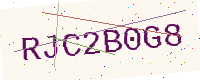
Text: RJC2B0G8